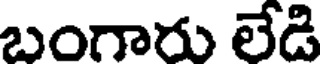
బంగారు లేడి